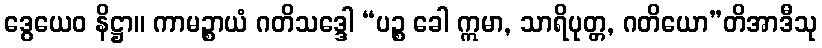
ဒွေယေဝ နိဋ္ဌာ။ ကာမဉ္စာယံ ဂတိသဒ္ဒေါ “ပဉ္စ ခေါ ဣမာ, သာရိပုတ္တ, ဂတိယော”တိအာဒီသု